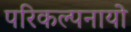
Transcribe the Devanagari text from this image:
परिकल्पनायो